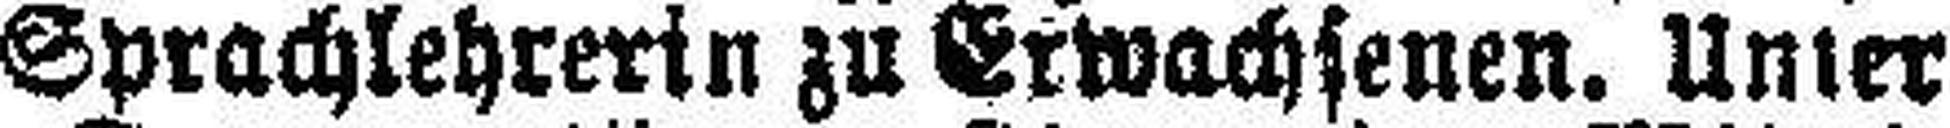
Sprachlehrerin zu Erwachsenen. Unter